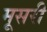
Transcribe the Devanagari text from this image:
मूसरी